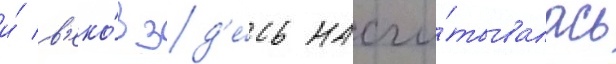
и́ в'еко́в зд'е́сь насчи́тывалась